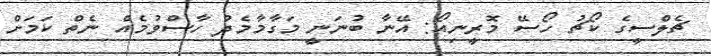
ޗެލްސީގެ ކޯޗު ހޯސޭ މޮރީނިއޯ: އޭނާ ބުނަނީ މަގާމާމެދު ހާސްވުމެއް ނެތް ކަމަށް